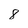
Character: 8